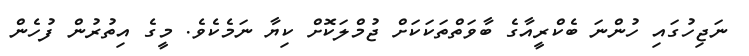
ނަޖިހުގައި ހުންނަ ބެކްރީއާގެ ބާވަތްތަކަކަށް ޖުމްލަކޮށް ކިޔާ ނަމެކެވެ. މީގެ އިތުރުން ފުހެން